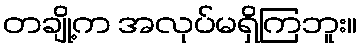
တချို့က အလုပ်မရှိကြဘူး။